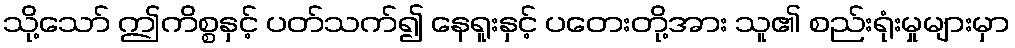
သို့သော် ဤကိစ္စနှင့် ပတ်သက်၍ နေရူးနှင့် ပတေးတို့အား သူ၏ စည်းရုံးမှုများမှာ